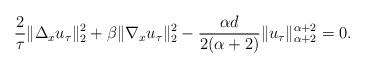
LaTeX: \begin{align*}\frac{2}{\tau}\|\Delta_x u_\tau\|_2^2 + \beta\|\nabla_x u_\tau\|_2^2 -\frac{\alpha d}{2(\alpha+2)}\|u_\tau\|_{\alpha+2}^{\alpha+2}=0.\end{align*}